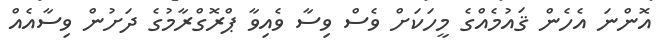
އޮންނަ އެހެން ޤައުމެއްގެ މީހަކަށް ވެސް ވިސާ ވެއިވާ ޕްރޮގްރާމުގެ ދަށުން ވިސާއެއް